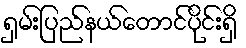
ရှမ်းပြည်နယ်တောင်ပိုင်းရှိ